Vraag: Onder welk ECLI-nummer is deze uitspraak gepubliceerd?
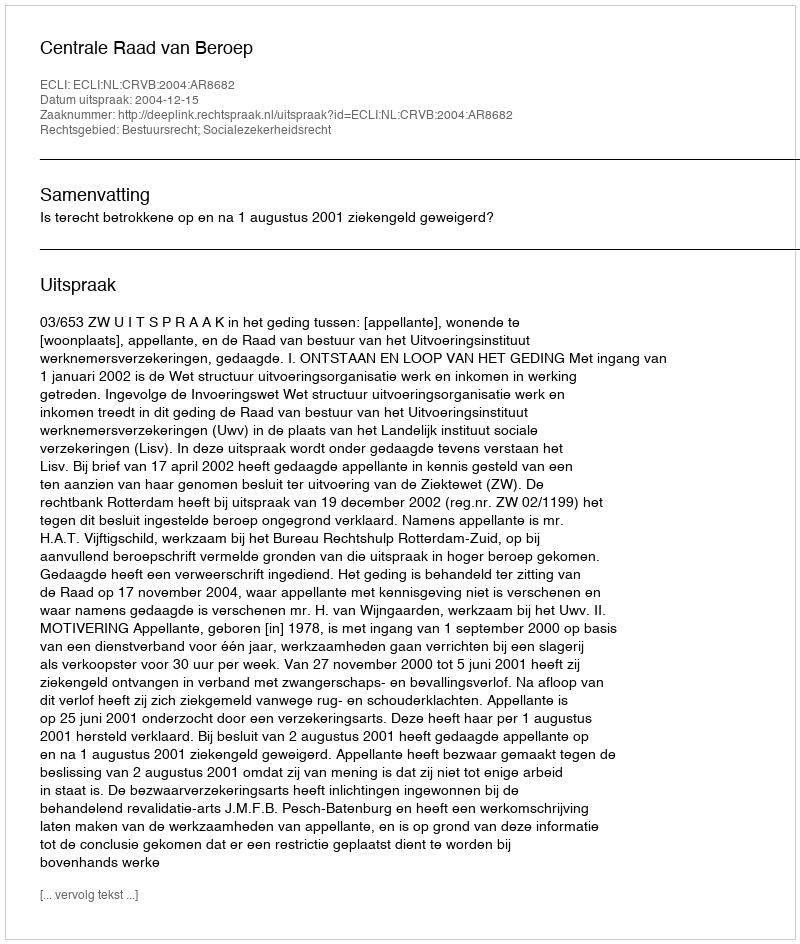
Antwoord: ECLI:NL:CRVB:2004:AR8682